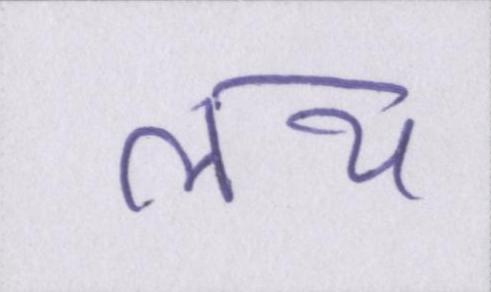
लय